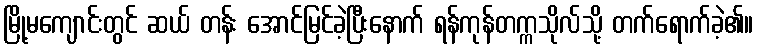
မြို့မကျောင်းတွင် ဆယ် တန်း အောင်မြင်ခဲ့ပြီးနောက် ရန်ကုန်တက္ကသိုလ်သို့ တက်ရောက်ခဲ့၏။